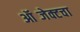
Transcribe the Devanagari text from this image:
ऑब्जेक्टचा